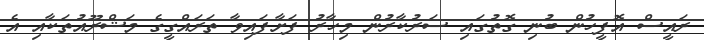
ރައީސް އޮފީހުން ބުނި ގޮތުގައި ސަރުކާރުން މިހާރު ފަށާފައިވާ ތަރައްގީގެ މަޝްރޫއުތަކާއި އެ